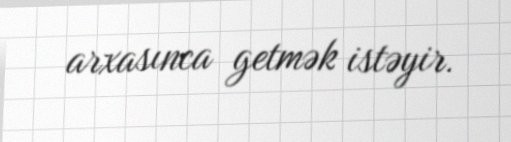
arxasınca getmək istəyir.